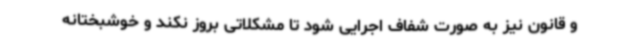
و قانون نیز به صورت شفاف اجرایی شود تا مشکلاتی بروز نکند و خوشبختانه